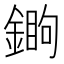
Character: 𨪵